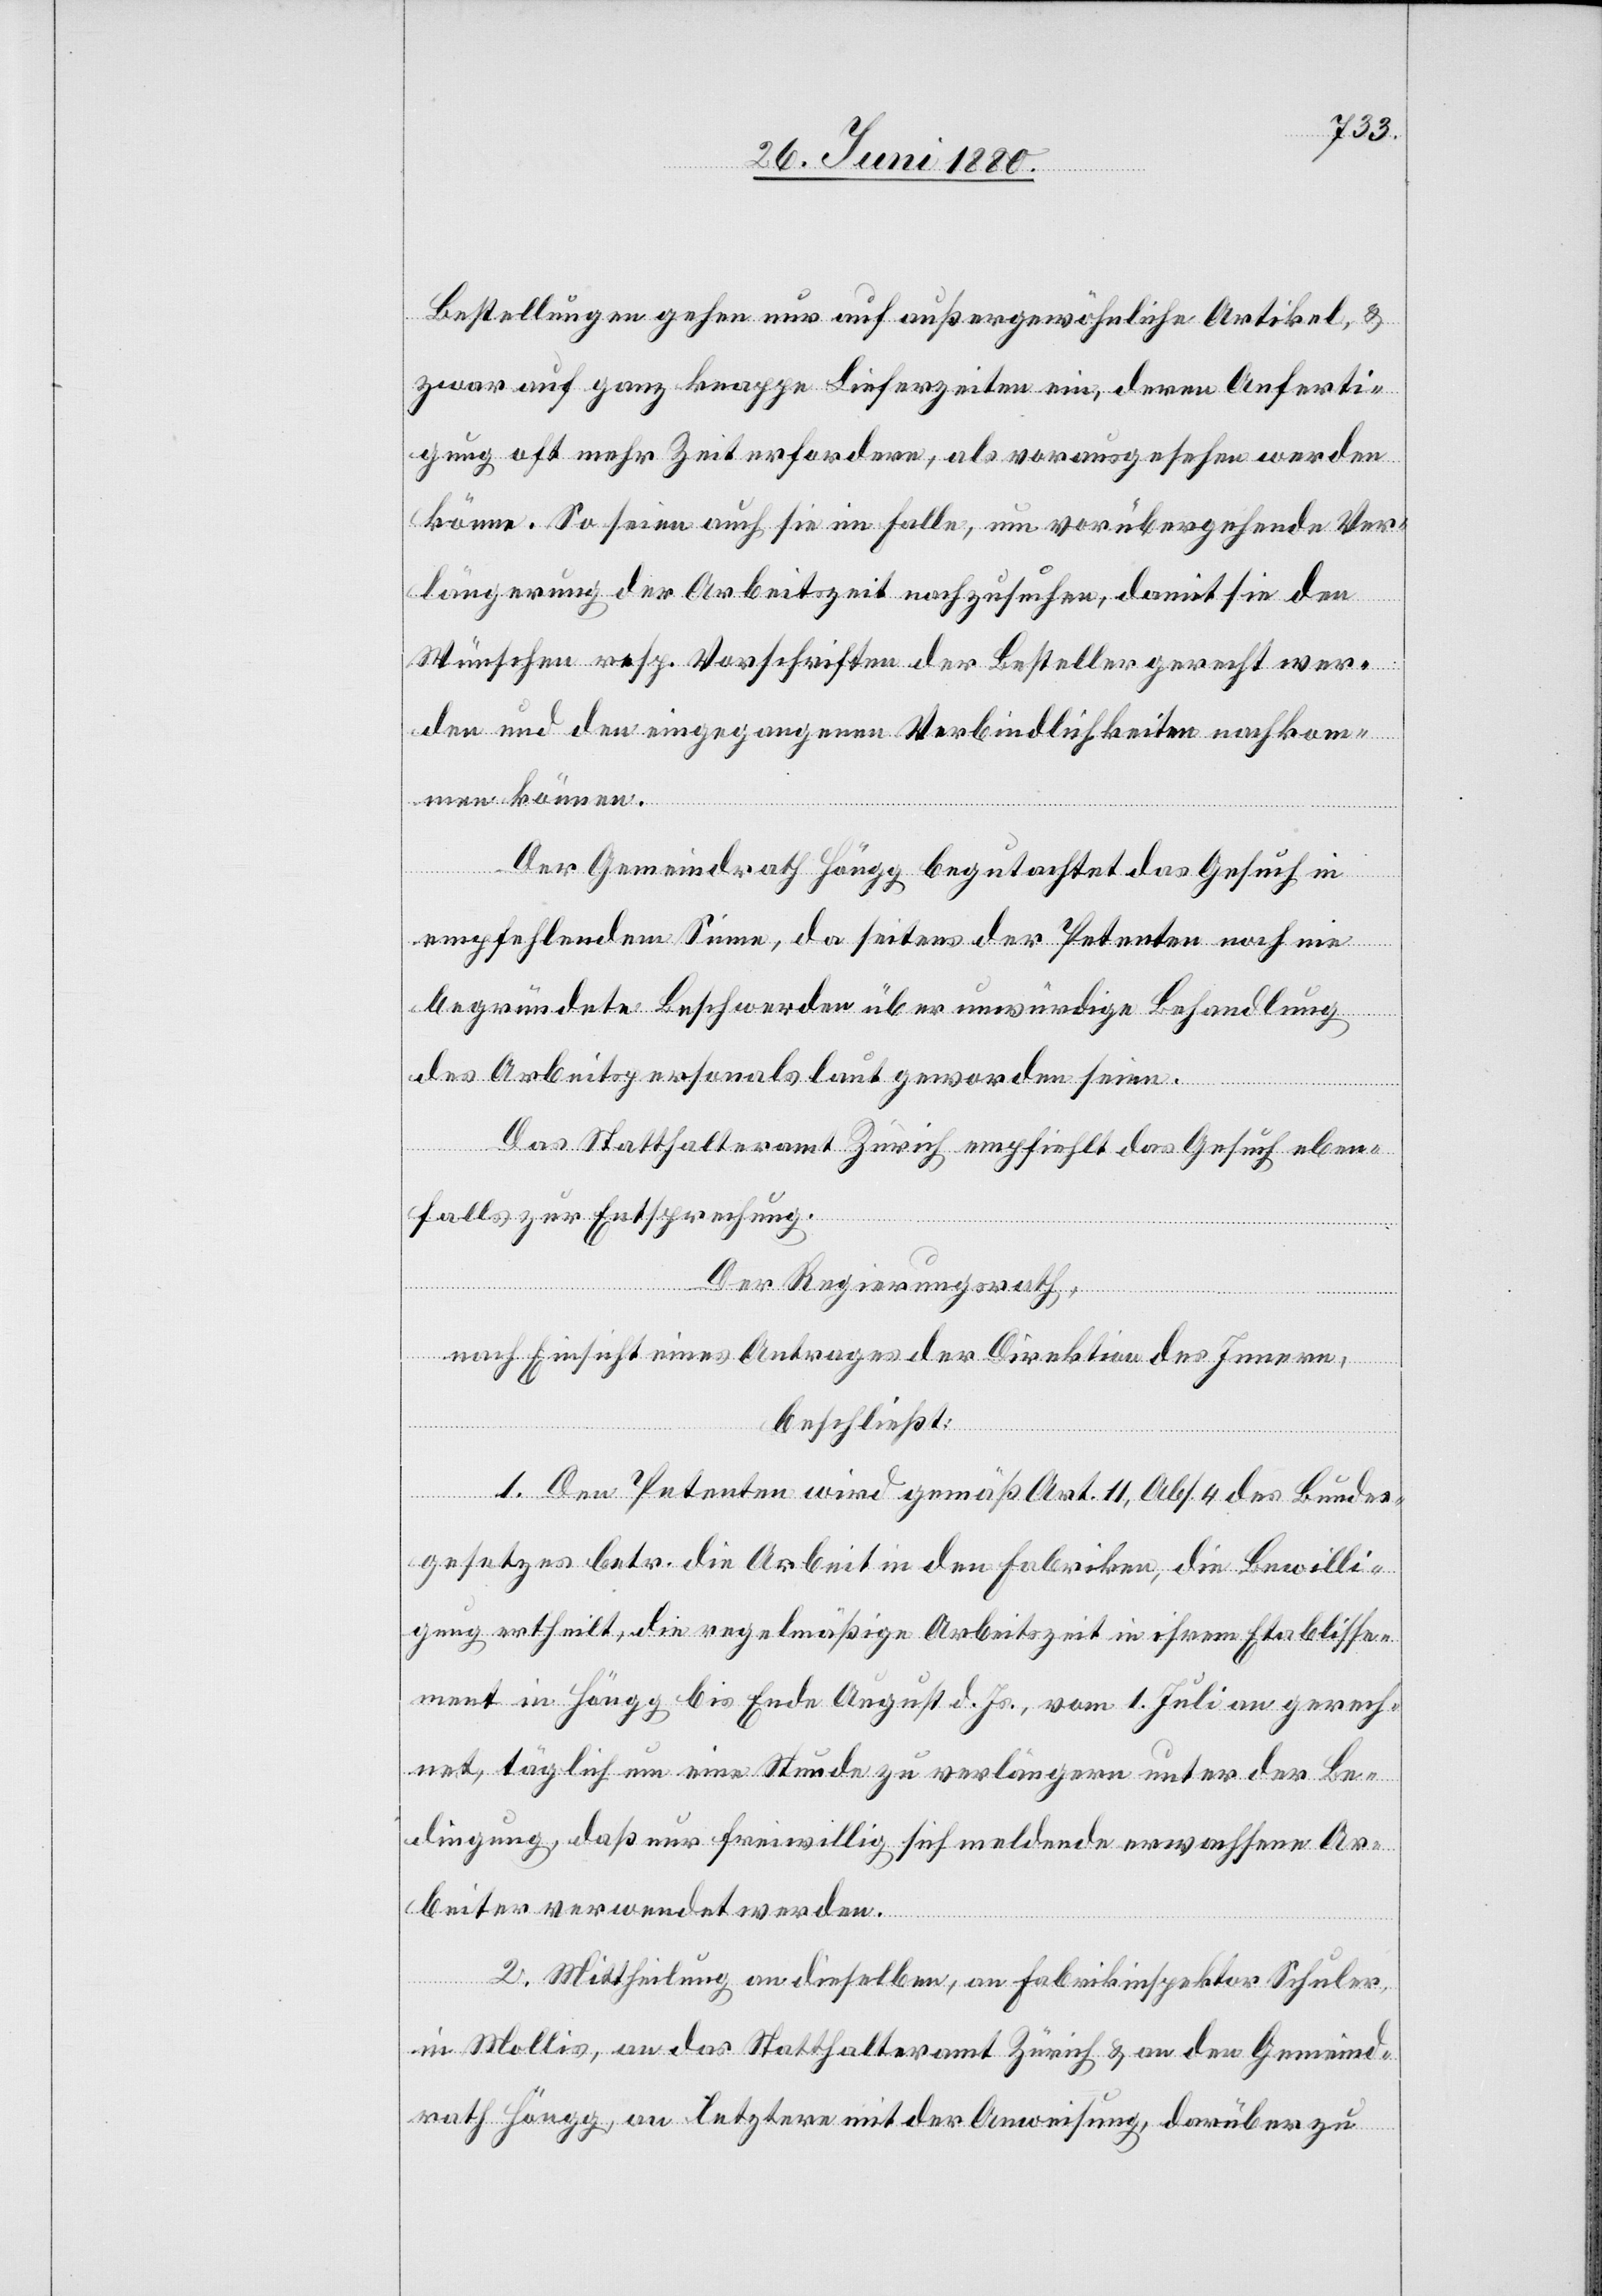
Bestellungen gehen nur auf außergewöhnliche Artikel &
zwar auf ganz knappe Lieferzeiten ein, deren Anferti¬
gung oft mehr Zeit erfordere, als vorausgesehen werden
könne. So seien auch sie im Falle, um vorübergehende Ver¬
längerung der Arbeitszeit nachzusuchen, damit sie den
Wünschen resp. Vorschriften der Besteller gerecht wer¬
den und den eingegangenen Verbindlichkeiten nachkom¬
men können.
Der Gemeindrath Höngg begutachtet das Gesuch in
empfehlendem Sinne, da seitens der Petenten noch nie
begründete Beschwerden über unwürdige Behandlung
des Arbeitspersonals laut geworden seien.
Das Statthalteramt Zürich empfiehlt das Gesuch eben¬
falls zur Entsprechung.
Der Regierungsrath;
nach Einsicht eines Antrages der Direktion des Innern,
beschließt:
1. Den Petenten wird gemäß Art. 11, Abs. 4 des Bundes¬
gesetzes betr. die Arbeit in den Fabriken, die Bewilli¬
gung ertheilt, die regelmäßige Arbeitszeit in ihrem Etablisse¬
ment in Höngg bis Ende August d. Js., vom 1. Juli an gerech¬
net, täglich um eine Stunde zu verlängern unter der Be¬
dingung, daß nur freiwillig sich meldende erwachsene Ar¬
beiter verwendet werden.
2. Mittheilung an dieselben, an Fabrikinspektor Schuler,
in Mollis, an das Statthalteramt Zürich & an den Gemeind¬
rath Höngg, an letztern mit der Anweisung, darüber zu